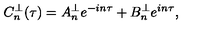
C _ { n } ^ { \perp } ( \tau ) = A _ { n } ^ { \perp } e ^ { - i n \tau } + B _ { n } ^ { \perp } e ^ { i n \tau } ,